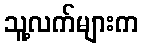
သူ့လက်များက